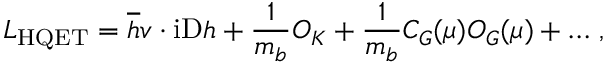
{ \cal L } _ { \mathrm { H Q E T } } = \overline { { h } } v \cdot \mathrm { i D } h + { \frac { 1 } { m _ { b } } } { \cal O } _ { K } + { \frac { 1 } { m _ { b } } } C _ { G } ( \mu ) { \cal O } _ { G } ( \mu ) + \dots \, ,